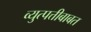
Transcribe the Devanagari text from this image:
व्युत्पत्तीबाबत